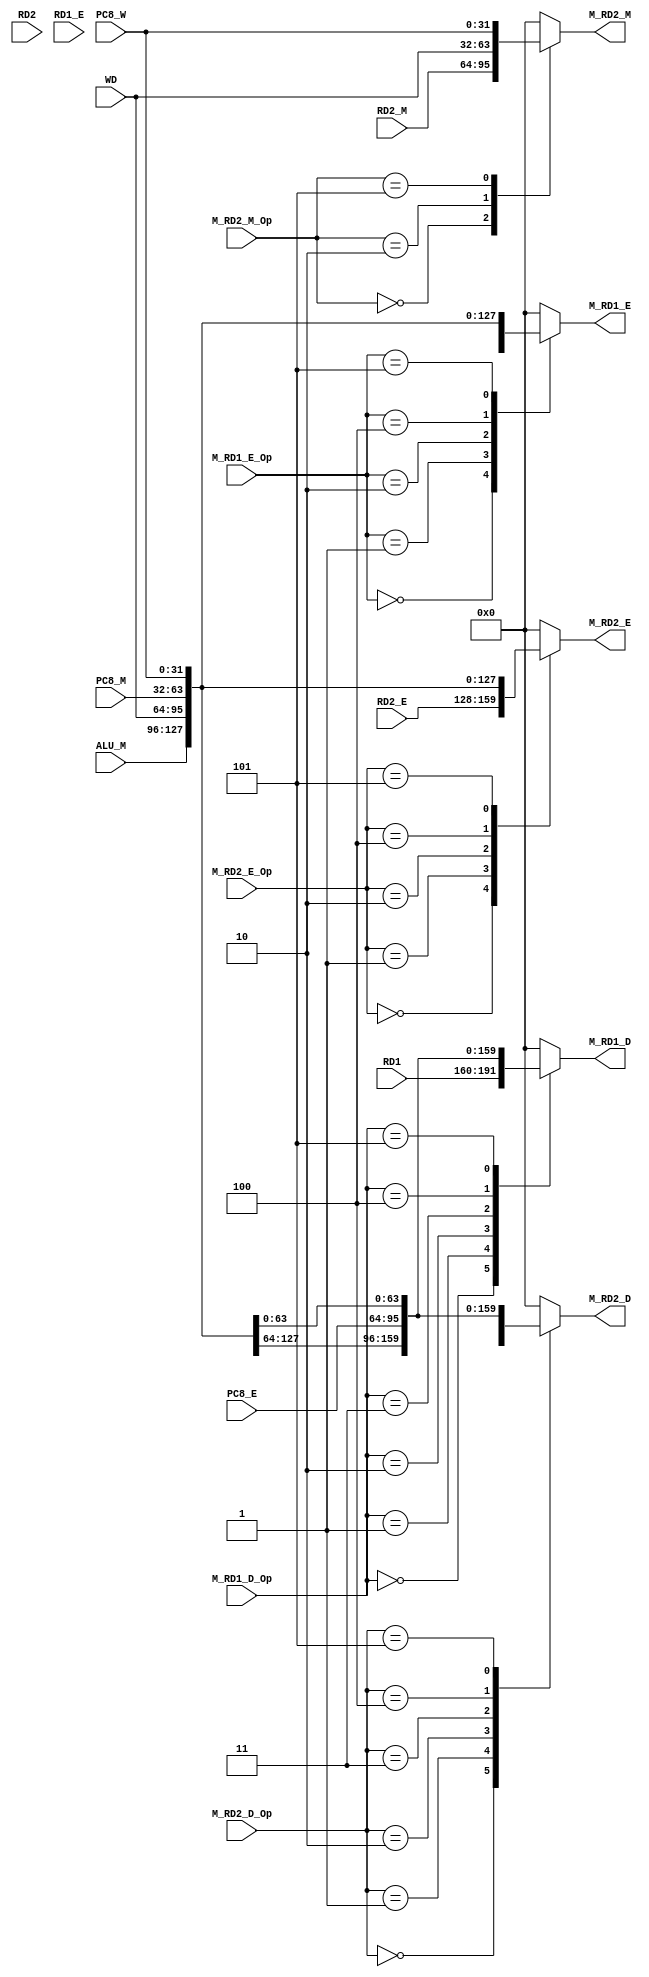
`timescale 1ns / 1ps
//////////////////////////////////////////////////////////////////////////////////
// Company: 
// Engineer: 
// 
// Design Name: 
// Module Name:    FORWARD_MUX 
// Project Name: 
// Target Devices: 
// Tool versions: 
// Description: 
//
// Dependencies: 
//
// Revision: 
// Revision 0.01 - File Created
// Additional Comments: 
//
//////////////////////////////////////////////////////////////////////////////////
module FORWARD_MUX(
    input [31:0] RD1,
    input [31:0] RD2,
    input [31:0] RD1_E,
    input [31:0] RD2_E,
    input [31:0] RD2_M,
    input [31:0] PC8_E,
    input [31:0] ALU_M,
    input [31:0] PC8_M,
    input [31:0] WD,
    input [31:0] PC8_W,
    input [2:0] M_RD1_D_Op,
    input [2:0] M_RD2_D_Op,
    input [2:0] M_RD1_E_Op,
    input [2:0] M_RD2_E_Op,
    input [2:0] M_RD2_M_Op,
    output reg [31:0] M_RD1_D,
    output reg [31:0] M_RD2_D,
    output reg [31:0] M_RD1_E,
    output reg [31:0] M_RD2_E,
    output reg [31:0] M_RD2_M
    );

	always @ ( * ) begin
		case (M_RD1_D_Op)
			3'b000: M_RD1_D <= RD1;
			3'b001: M_RD1_D <= ALU_M;
			3'b010: M_RD1_D <= WD;
			3'b011: M_RD1_D <= PC8_E;
			3'b100: M_RD1_D <= PC8_M;
			3'b101: M_RD1_D <= PC8_W;
			default: M_RD1_D <= 32'h00000000;
		endcase
		
		case (M_RD2_D_Op)
			3'b000: M_RD2_D <= RD2;
			3'b001: M_RD2_D <= ALU_M;
			3'b010: M_RD2_D <= WD;
			3'b011: M_RD2_D <= PC8_E;
			3'b100: M_RD2_D <= PC8_M;
			3'b101: M_RD2_D <= PC8_W;
			default: M_RD2_D <= 32'h00000000;
		endcase
		
		case (M_RD1_E_Op)
			3'b000: M_RD1_E <= RD1_E;
			3'b001: M_RD1_E <= ALU_M;
			3'b010: M_RD1_E <= WD;
			3'b011: M_RD1_E <= 32'h00000000;
			3'b100: M_RD1_E <= PC8_M;
			3'b101: M_RD1_E <= PC8_W;
			default: M_RD1_E <= 32'h00000000;
		endcase
		
		case (M_RD2_E_Op)
			3'b000: M_RD2_E <= RD2_E;
			3'b001: M_RD2_E <= ALU_M;
			3'b010: M_RD2_E <= WD;
			3'b011: M_RD2_E <= 32'h00000000;
			3'b100: M_RD2_E <= PC8_M;
			3'b101: M_RD2_E <= PC8_W;
			default: M_RD2_E <= 32'h00000000;
		endcase
		
		case (M_RD2_M_Op)
			3'b000: M_RD2_M <= RD2_M;
			3'b001: M_RD2_M <= 32'h00000000;
			3'b010: M_RD2_M <= WD;
			3'b011: M_RD2_M <= 32'b00000000;
			3'b100: M_RD2_M <= 32'h00000000;
			3'b101: M_RD2_M <= PC8_W;
			default: M_RD2_M <= 32'h00000000;
		endcase
	end

endmodule